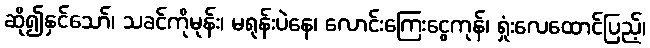
ဆို၍နှင်သော်၊ သခင်ကိုမုန်း၊ မရုန်းပဲနေ၊ လောင်းကြေးငွေကုန်၊ ရှုံးလေထောင်ပြည့်၊